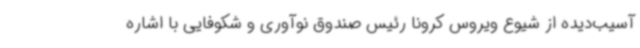
آسیب‌دیده از شیوع ویروس کرونا رئیس صندوق نوآوری و شکوفایی با اشاره